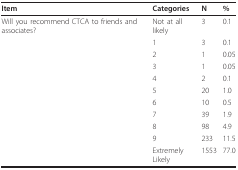
| Item | Categories | N | % |
 | --- | --- | --- | --- |
 | Will you recommend CTCA to friends and associates? | Not at all likely | 3 | 0.1 |
 |  | 1 | 3 | 0.1 |
 |  | 2 | 1 | 0.05 |
 |  | 3 | 1 | 0.05 |
 |  | 4 | 2 | 0.1 |
 |  | 5 | 20 | 1.0 |
 |  | 6 | 10 | 0.5 |
 |  | 7 | 39 | 1.9 |
 |  | 8 | 98 | 4.9 |
 |  | 9 | 233 | 11.5 |
 |  | Extremely Likely | 1553 | 77.0 |